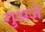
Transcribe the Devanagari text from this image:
गुअजे